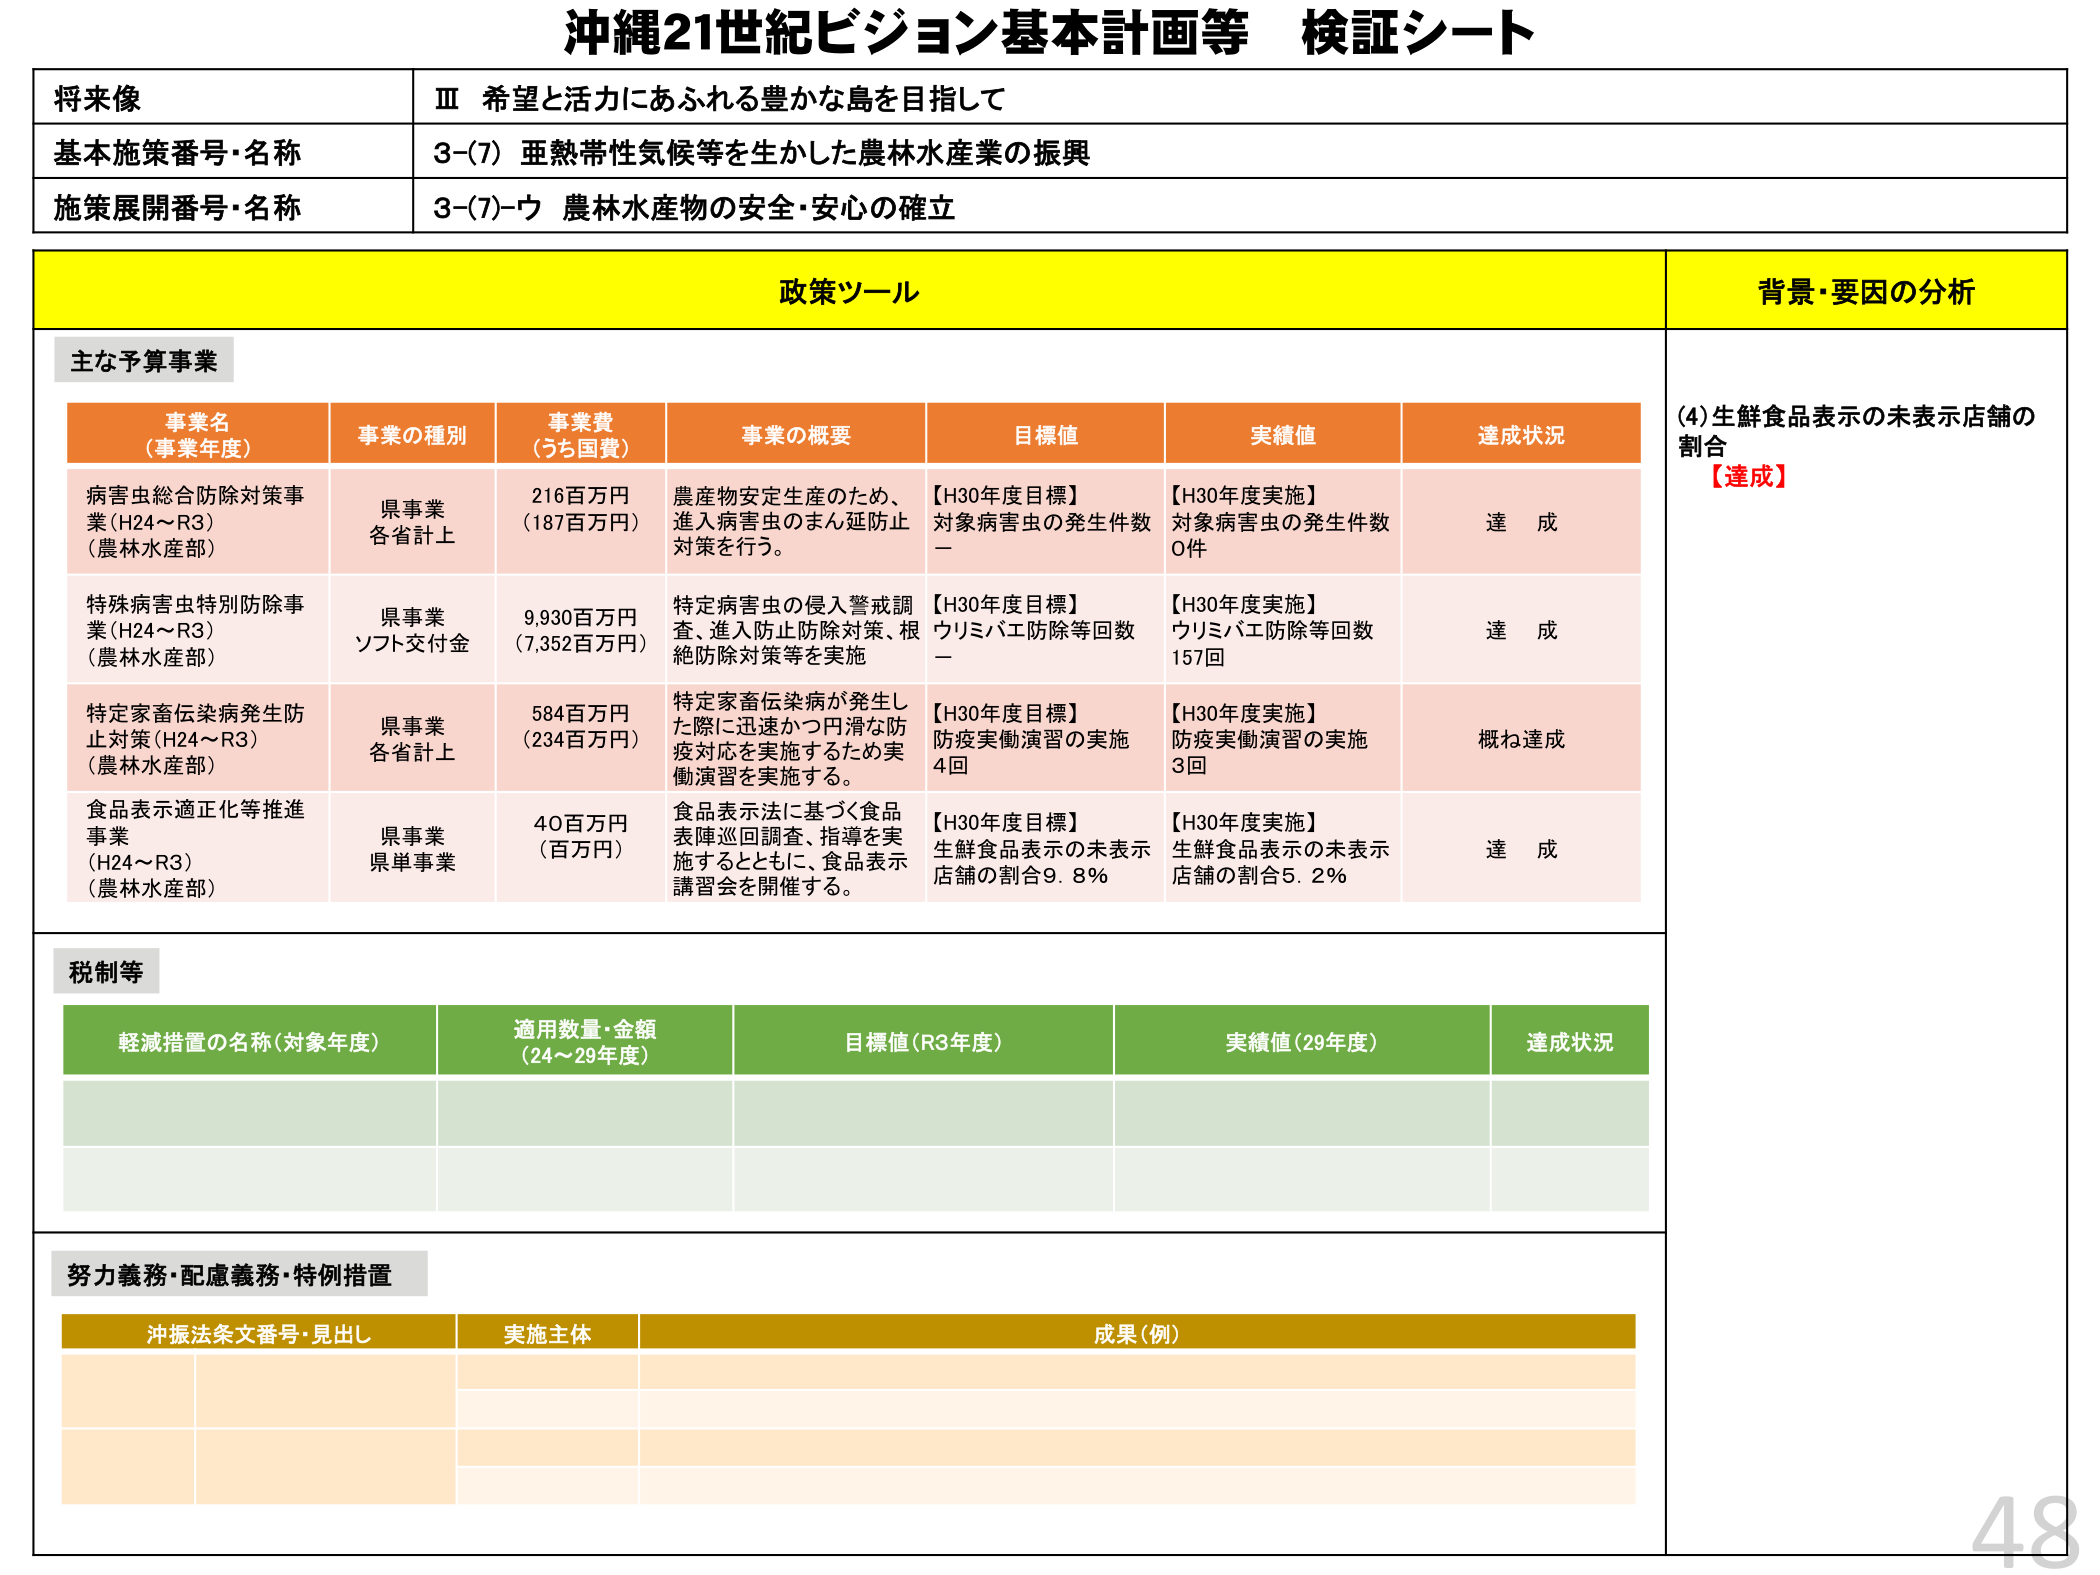
沖縄21世紀ビジョン基本計画等 検証シート

将来像
Ⅲ 希望と活力にあふれる豊かな島を目指して

基本施策番号・名称
3-(7) 亜熱帯性気候等を生かした農林水産業の振興

施策展開番号・名称
3-(7)-ウ 農林水産物の安全・安心の確立

政策ツール

主な予算事業

事業名（事業年度）
事業の種別
事業費（うち国費）
事業の概要
目標値
実績値
達成状況

病害虫総合防除対策事業（H24～R3）（農林水産部）
県事業 各省計上
216百万円（187百万円）
農産物安定生産のため、進入病害虫のまん延防止対策を行う。
【H30年度目標】対象病害虫の発生件数 —
【H30年度実施】対象病害虫の発生件数 0件
達成

特殊病害虫特別防除事業（H24～R3）（農林水産部）
県事業 ソフト交付金
9,930百万円（7,352百万円）
特定病害虫の侵入警戒調査、進入防止防除対策、根絶防除対策等を実施
【H30年度目標】ウリミバエ防除等回数 —
【H30年度実施】ウリミバエ防除等回数 157回
達成

特定家畜伝染病発生防止対策（H24～R3）（農林水産部）
県事業 各省計上
584百万円（234百万円）
特定家畜伝染病が発生した際に迅速かつ円滑な防疫対応を実施するため実働演習を実施する。
【H30年度目標】防疫実働演習の実施 4回
【H30年度実施】防疫実働演習の実施 3回
概ね達成

食品表示適正化等推進事業（H24～R3）（農林水産部）
県事業 県単事業
40百万円（百万円）
食品表示法に基づく食品表陣巡回調査、指導を実施するとともに、食品表示講習会を開催する。
【H30年度目標】生鮮食品表示の未表示店舗の割合9.8％
【H30年度実施】生鮮食品表示の未表示店舗の割合5.2％
達成

税制等

軽減措置の名称（対象年度）
適用数量・金額（24～29年度）
目標値（R3年度）
実績値（29年度）
達成状況

努力義務・配慮義務・特例措置

沖振法条文番号・見出し
実施主体
成果（例）

背景・要因の分析

(4)生鮮食品表示の未表示店舗の割合
【達成】

48